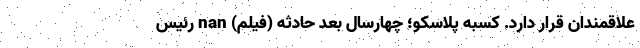
علاقمندان قرار دارد. کسبه پلاسکو؛ چهارسال بعد حادثه (فیلم) nan رئیس